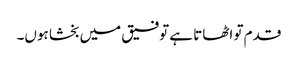
قدم تو اٹھاتا ہے توفیق میں بخشا ہوں۔